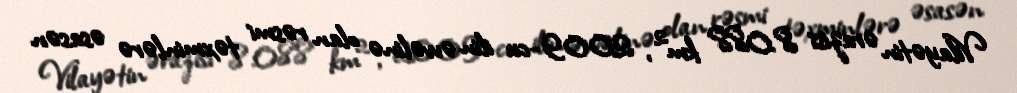
Vilayətin ərazisi 8.088 km², 2009-cu ilin əvvəlinə olan rəsmi təxminlərə əsasən